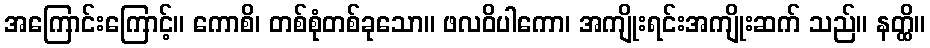
အကြောင်းကြောင့်။ ကောစိ၊ တစ်စုံတစ်ခုသော။ ဖလဝိပါကော၊ အကျိုးရင်းအကျိုးဆက် သည်။ နတ္ထိ။